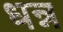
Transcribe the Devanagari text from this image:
धन्न